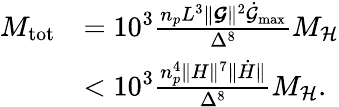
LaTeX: \begin{array}{rl}{M_{\mathrm{tot}}}&{=10^{3}\frac{n_{p}L^{3}\lVert\boldsymbol{\mathcal{G}}\rVert^{2}\dot{\mathcal{G}}_{\mathrm{max}}}{\Delta^{8}}M_{\mathcal{H}}}\\ &{<10^{3}\frac{n_{p}^{4}\lVert H\rVert^{7}\lVert\dot{H}\rVert}{\Delta^{8}}M_{\mathcal{H}}.}\end{array}